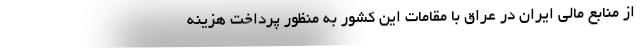
از منابع مالی ایران در عراق با مقامات این کشور به منظور پرداخت هزینه